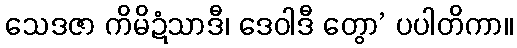
သေဒဇာ ကိမိဍံသာဒီ၊ ဒေဝါဒီ တွော’ ပပါတိကာ။